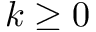
k \ge 0